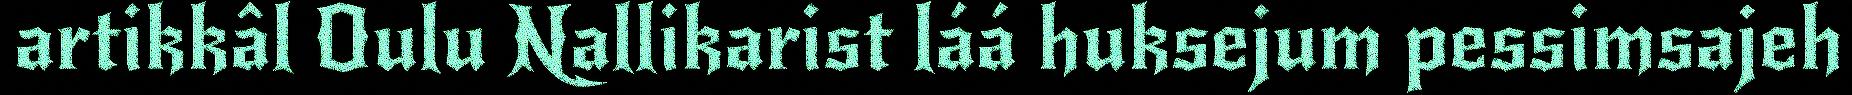
artikkâl Oulu Nallikarist láá huksejum pessimsajeh